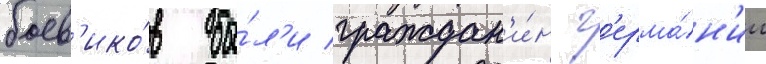
боев'ико́в бы́л'и граждан'и́н г'ерма́н'ии